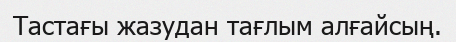
Тастағы жазудан тағлым алғайсың.